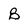
Character: B